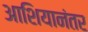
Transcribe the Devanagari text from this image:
आशियानंतर